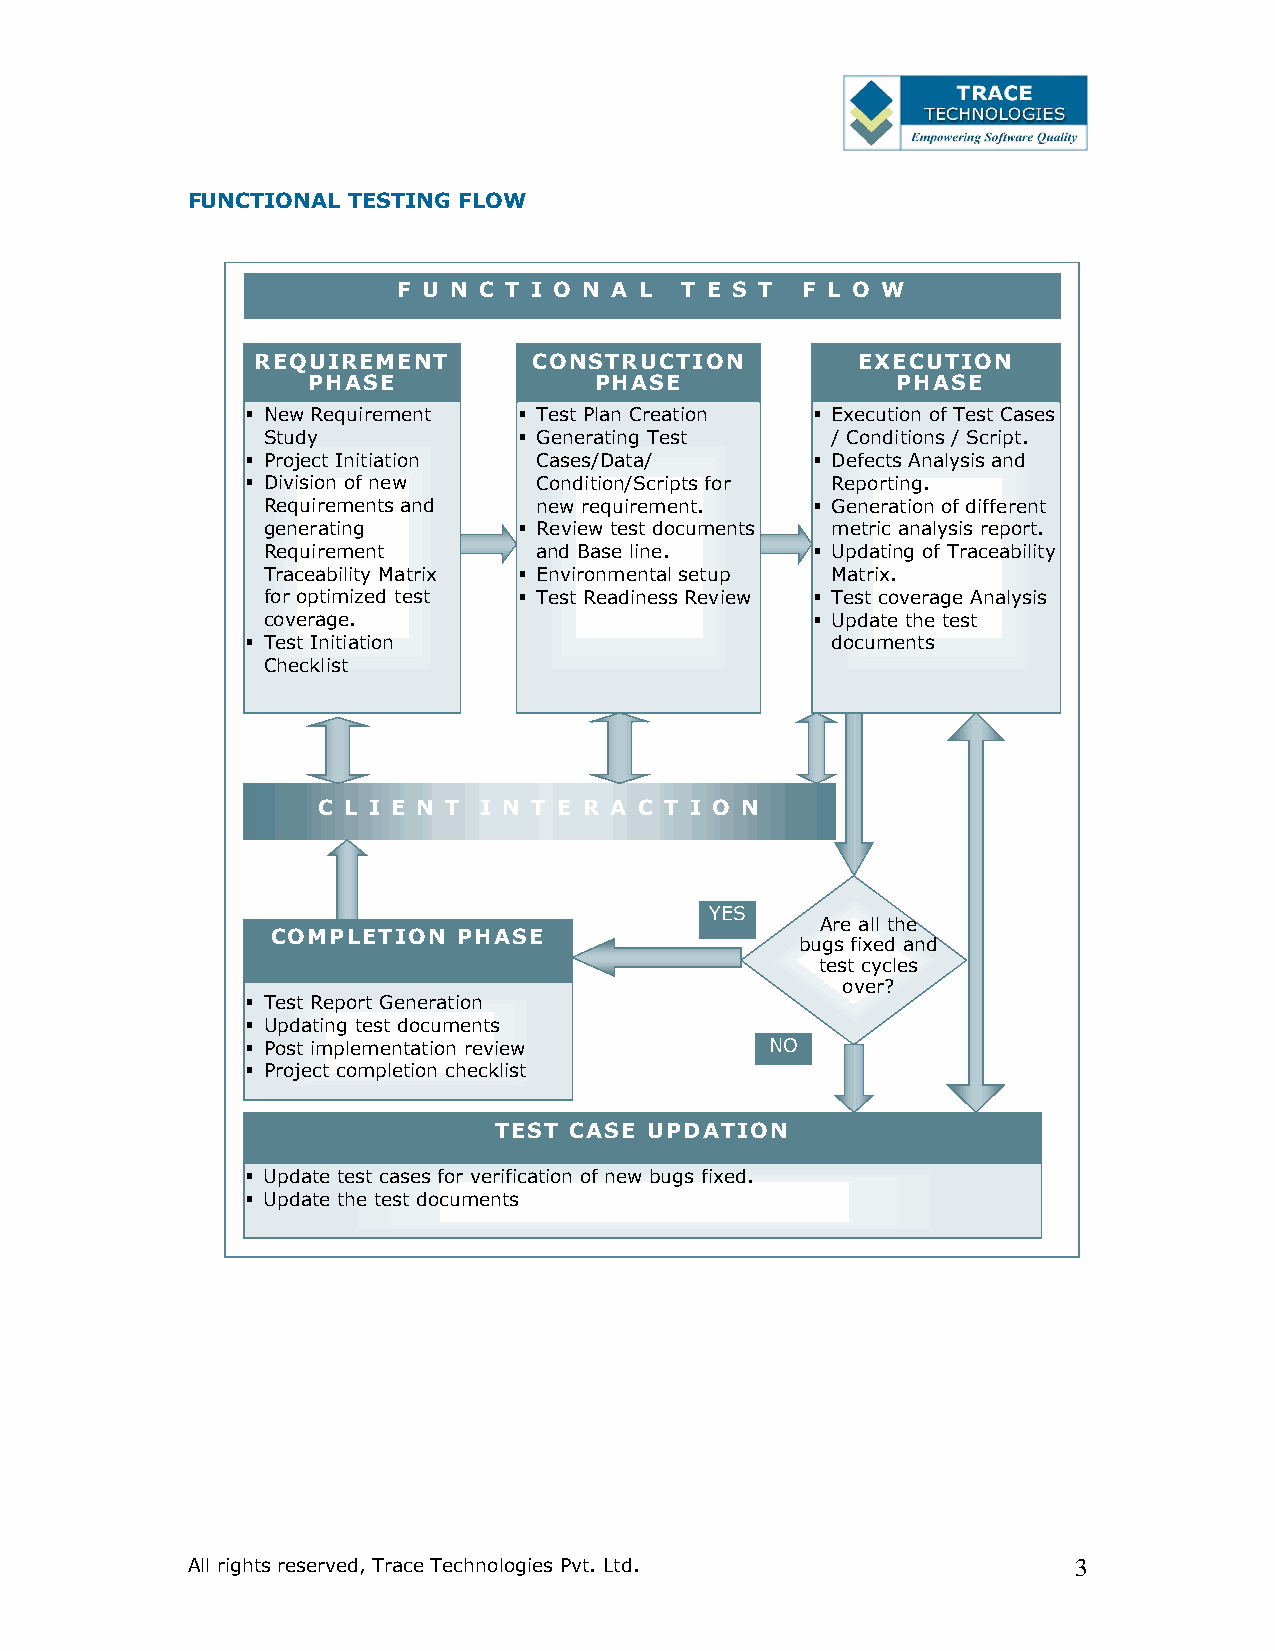
FUNCTIONAL TESTING FLOW
 F U N C T I O N A L T E S T F L O W
 REQUIREMENT       CONSTRUCTION          EXECUTION
 PHASE              PHASE               PHASE
  New Requirement  Test Plan Creation  Execution of Test Cases
 Study             Generating Test    / Conditions / Script.
  Project Initiation Cases/Data/       Defects Analysis and
  Division of new   Condition/Scripts for Reporting.
 Requirements and   new requirement.   Generation of different
 generating        Review test documents metric analysis report.
 Requirement        and Base line.     Updating of Traceability
 Traceability Matrix  Environmental setup Matrix.
 for optimized test  Test Readiness Review  Test coverage Analysis
 coverage.                             Update the test
  Test Initiation                      documents
 Checklist
 C L I E N T I N T E R A C T I O N
 YES
 Are all the
 COMPLETION  PHASE
 bugs fixed and
 test cycles
 over?
  Test Report Generation
  Updating test documents
  Post implementation review       NO
  Project completion checklist
 TEST CASE UPDATION
  Update test cases for verification of new bugs fixed.
  Update the test documents
 All rights reserved, Trace Technologies Pvt. Ltd.          3